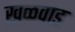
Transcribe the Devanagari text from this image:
खळवाड